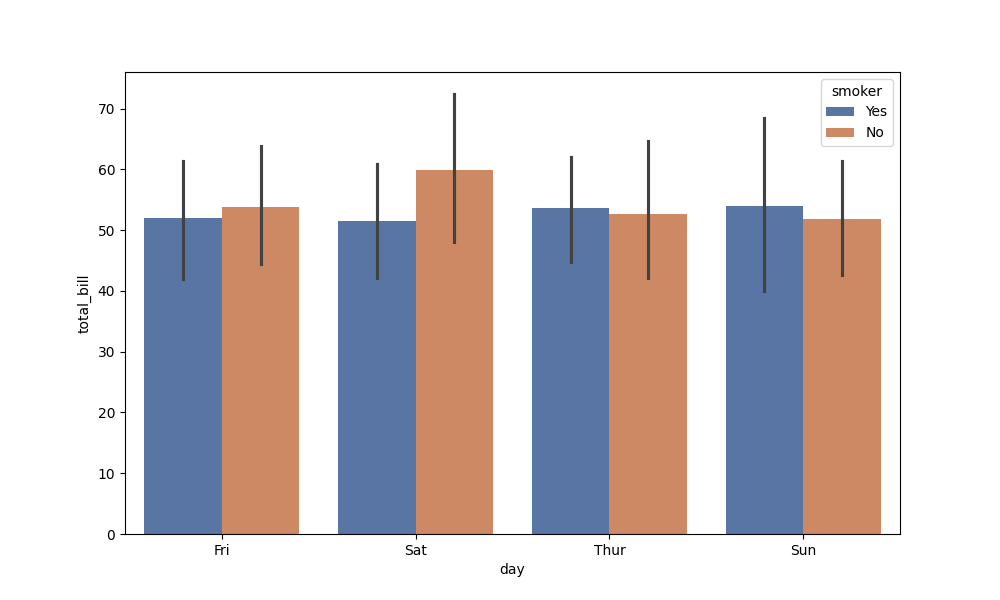
python, seaborn, barplot, hue='smoker', palette='deep', ci=95, orient='v'